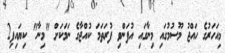
މިއަހަރުގެ ހައްޖު މޫސުމުގައި މިނާގައި އުފަންވި ފުރަތަމަ ކުއްޖާގެ ނަމަކަށް "މިނާ" ކިޔައިފި2